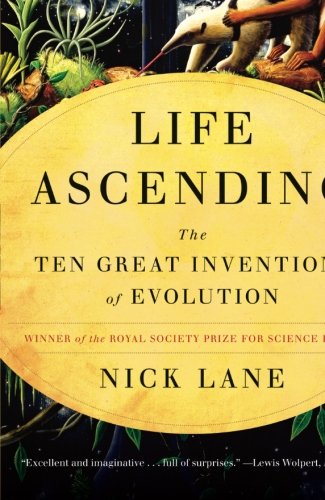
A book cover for Life Ascending: The Ten Great Inventions of Evolution; Nick Lane; Science & Math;